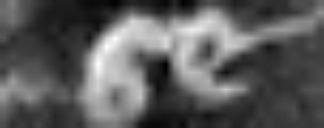
se